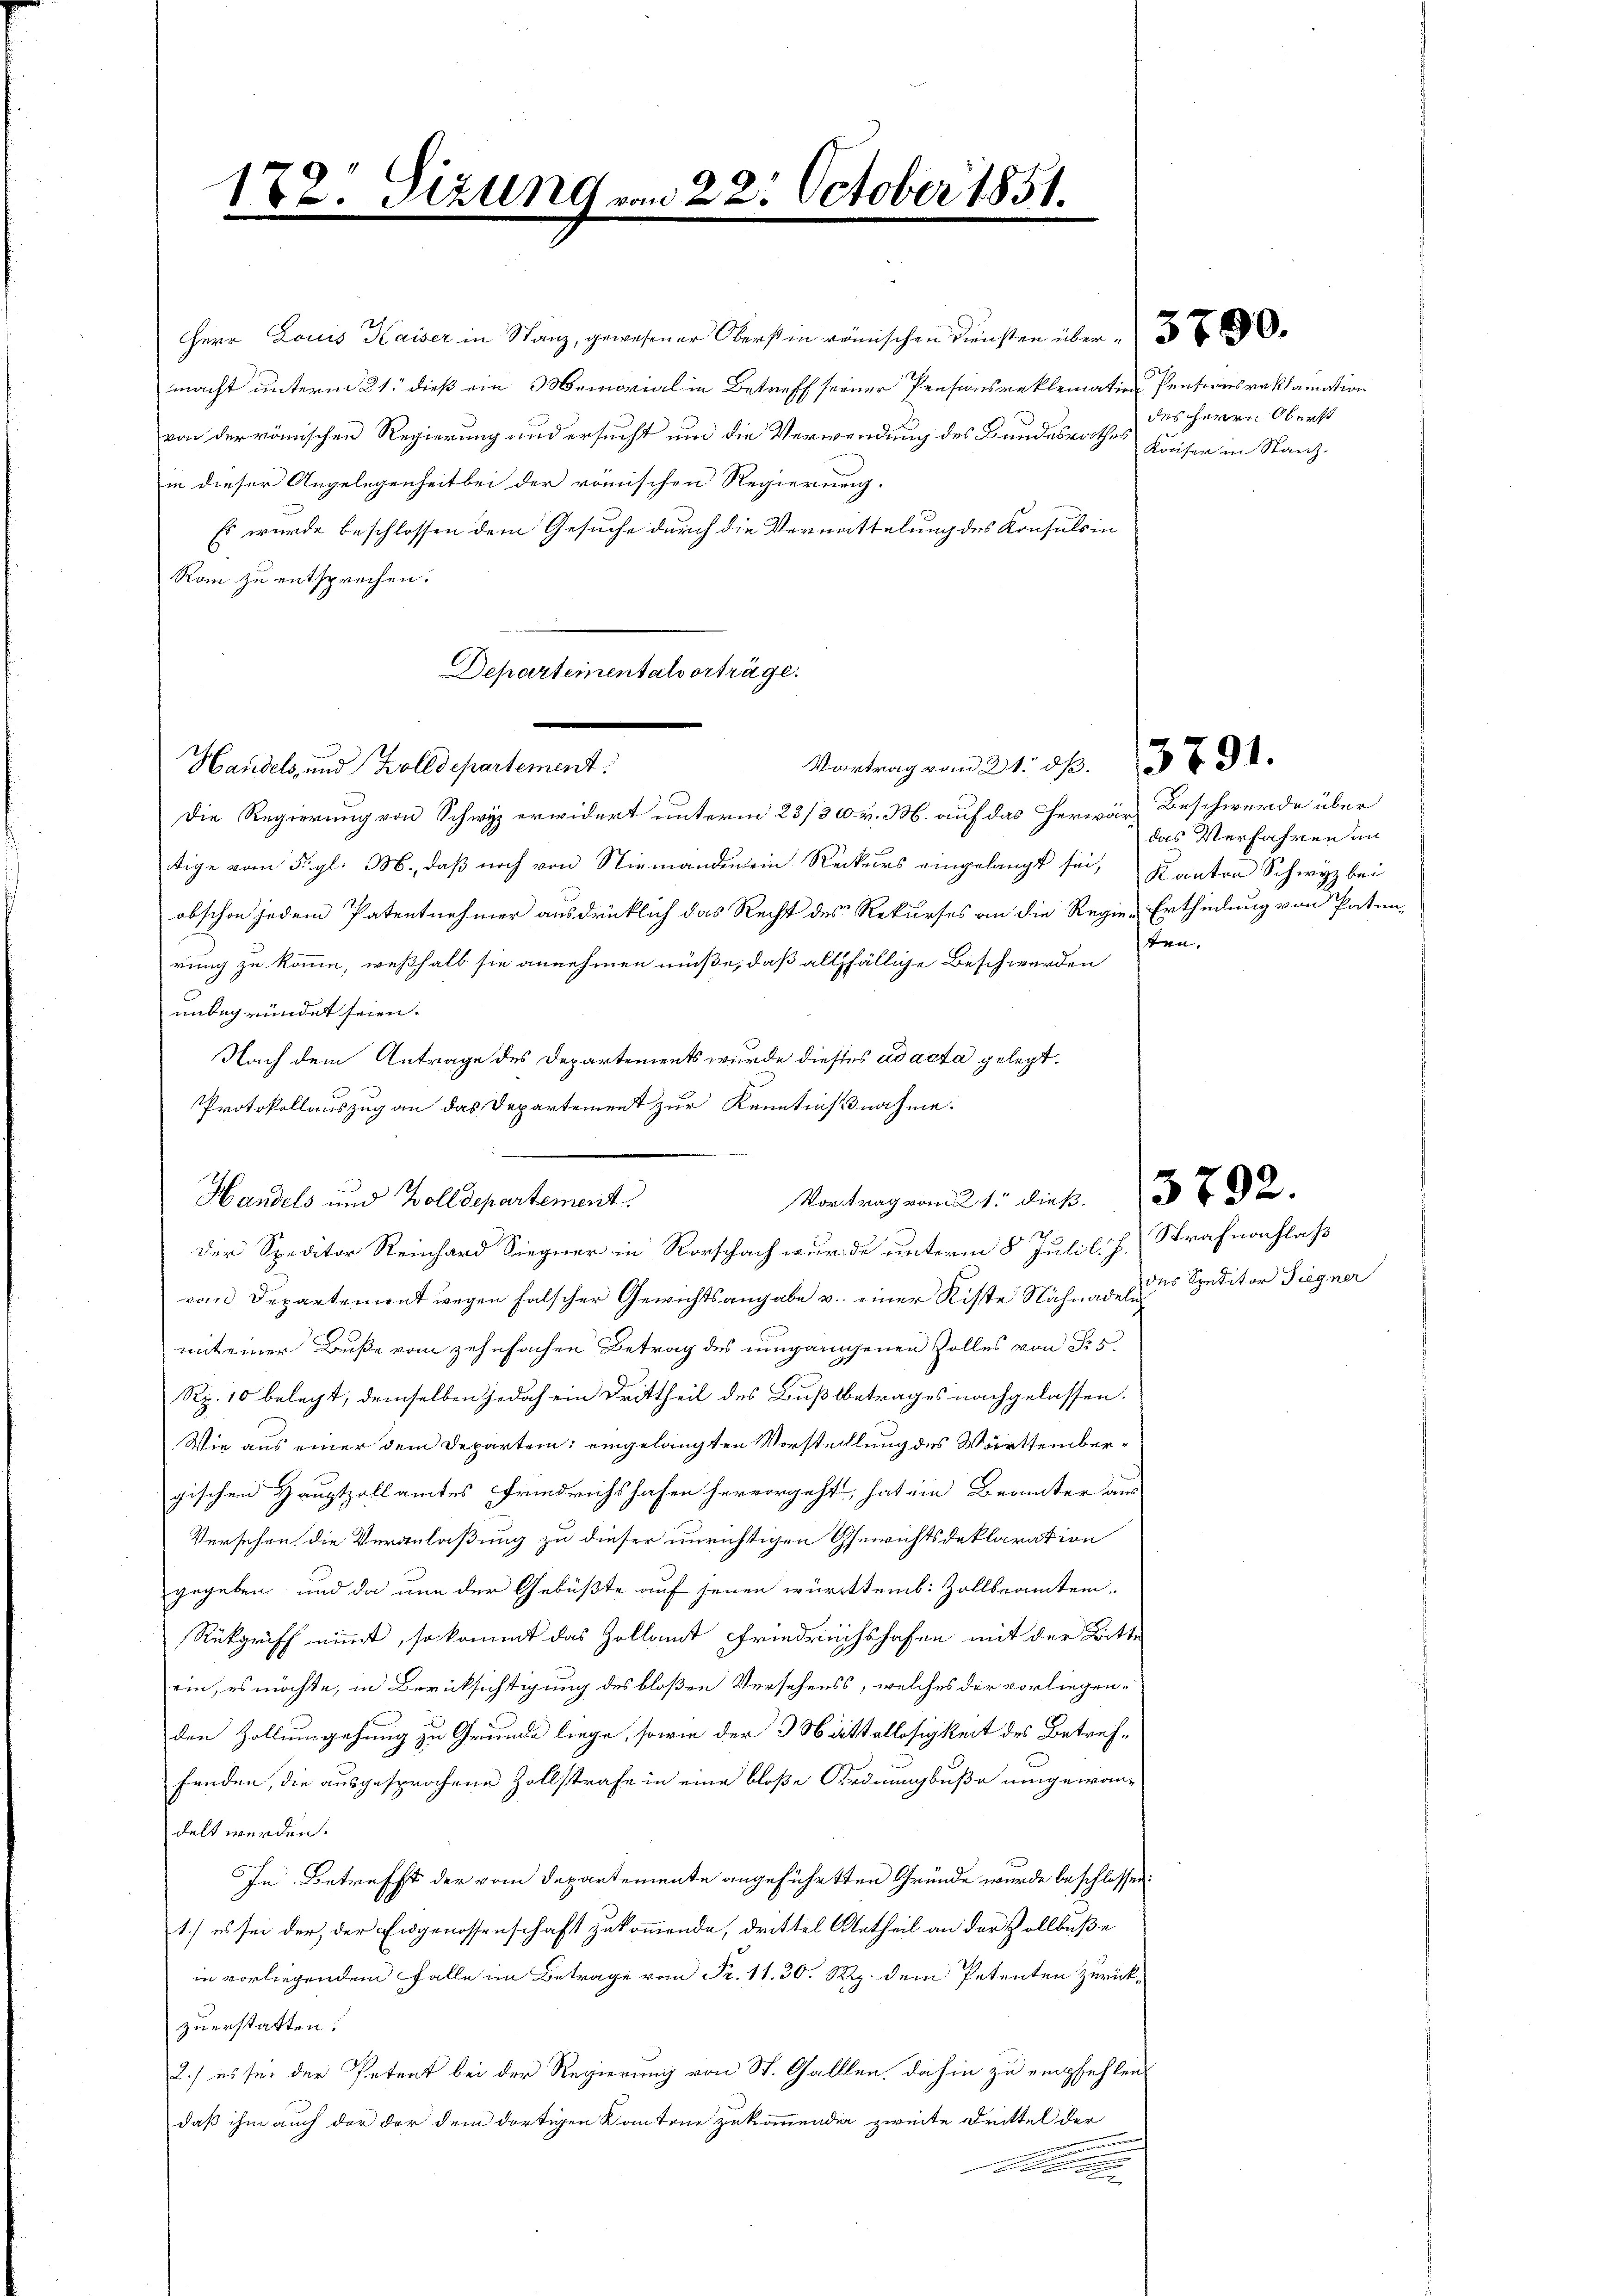
Handel und Zolldepartement:

172. Sizung.

macht unterm 21. dieß ein Memorial in Betreff seiner Pensionsreklamation Pentionsreklamation
von der römischen Regierung und ersucht um die Verwendung des Bundesrathes Kaiser in Stanzin dieser Angelegenheit bei der römischen Regierung.
Es wurde beschlossen dem Gesuche durch die Vermittelung des Konsuls in
Rom zu entsprechen.
Die Regierung von Schwyz erwidert unterm 23/30. v. M. auf das Herwar Beschwerde über
tige vom 5. gl. M., daß noch von Niemanden ein Reckers eingelangt sei, Kanton Schwyz bei
obschon jedem Patentnehmer ausdrücklich das Recht des Rekurses an die Regie-Ertheilung von Paten-
t.
rung zu komme, weßhalb sie annehmen müße, daß allfällige Beschwerden
unbegründet seien.
Nach dem Antrage des Departements wurde dieses ad acta gelegt.
PProtokollauszug an das Departement zur Kenntnißnahme.
der Speditor Reinhard Siegner in Rorschach wurde unterm 8 Juli l. J. Strafnachlaß
von Departement wegen falscher Gewichtsangabe v. einer Kiste Nähnade des Speditor Giegner
mit einer Buße vom zehnfachen Betrag des umgangenen Zolles von Sr 5
Rp. 10 belegt, demselben jedoch ein Drittheil des Bußlbetrages nachgelassen.
Wie aus einer dem Departein: eingelangten Vorstelllung des Württembergischen Hauptzollamtes Friedrichshafen hervorgeht, hat ein Beamter aus
Versehen die Veranlaßung zu dieser unrichtigen Gewichtsdeklaration
gegeben, und da nun der Gebüßte auf jenen württemb. Zollbeamten.
Rükgriff nimmt, so kommt das Zollamt Friedrichshofen mit der Bitte
ein, es möchte, in Berücksichtigung des bloßen Versehenss, welches der vorliegen-
den Zollumgehung zu Grunde liege, sowie der 3 Mittellosigkeit des Betreffanden, die ausgesprochene Zollstrafe in eine bloße Ordnungsbuße umgewandelt werden.
In Betrefft der vom Departemente angeführten Gründe wurde beschlossen:
1.) es sei der der Eidgenossenschaft zukommende, drittel Urtheil an der Vollbuße
in vorliegenden Falle in Betrag von Fr. 1130 Rp. dem Petenten zurückzuerstatten.
2.) es sei der Petent bei der Regierung von St. Galllen, dahin zu empfehlen
daß ihm auch der der dem dortigen Kantone zukommenden zweite Drittel der

2

2. October 1851.

Herr Louis Kaiser in Stanz, gewesener Oberst in römischen Diensten über 30.

Departementalverträge.
Vortrag vom 21. ds. 379.

Montrag vom 21. Diek. 792.
Handels und Zolldepartement
12.

des Herrn Oberst

das Verfahren an